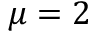
\mu = 2